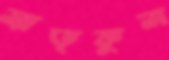
ভ্রাতৃকুল